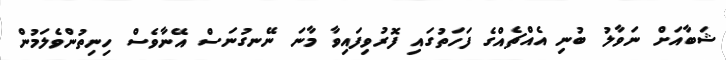
ޝަބާއަށް ނަވާލު ބުނި އެއްޗެއްގެ ފަހަތުގައި ފޮރުވިފައިވާ މާނަ ނޭނގުނަސް އޭނާވެސް ހިނިތުންވެލަމުން